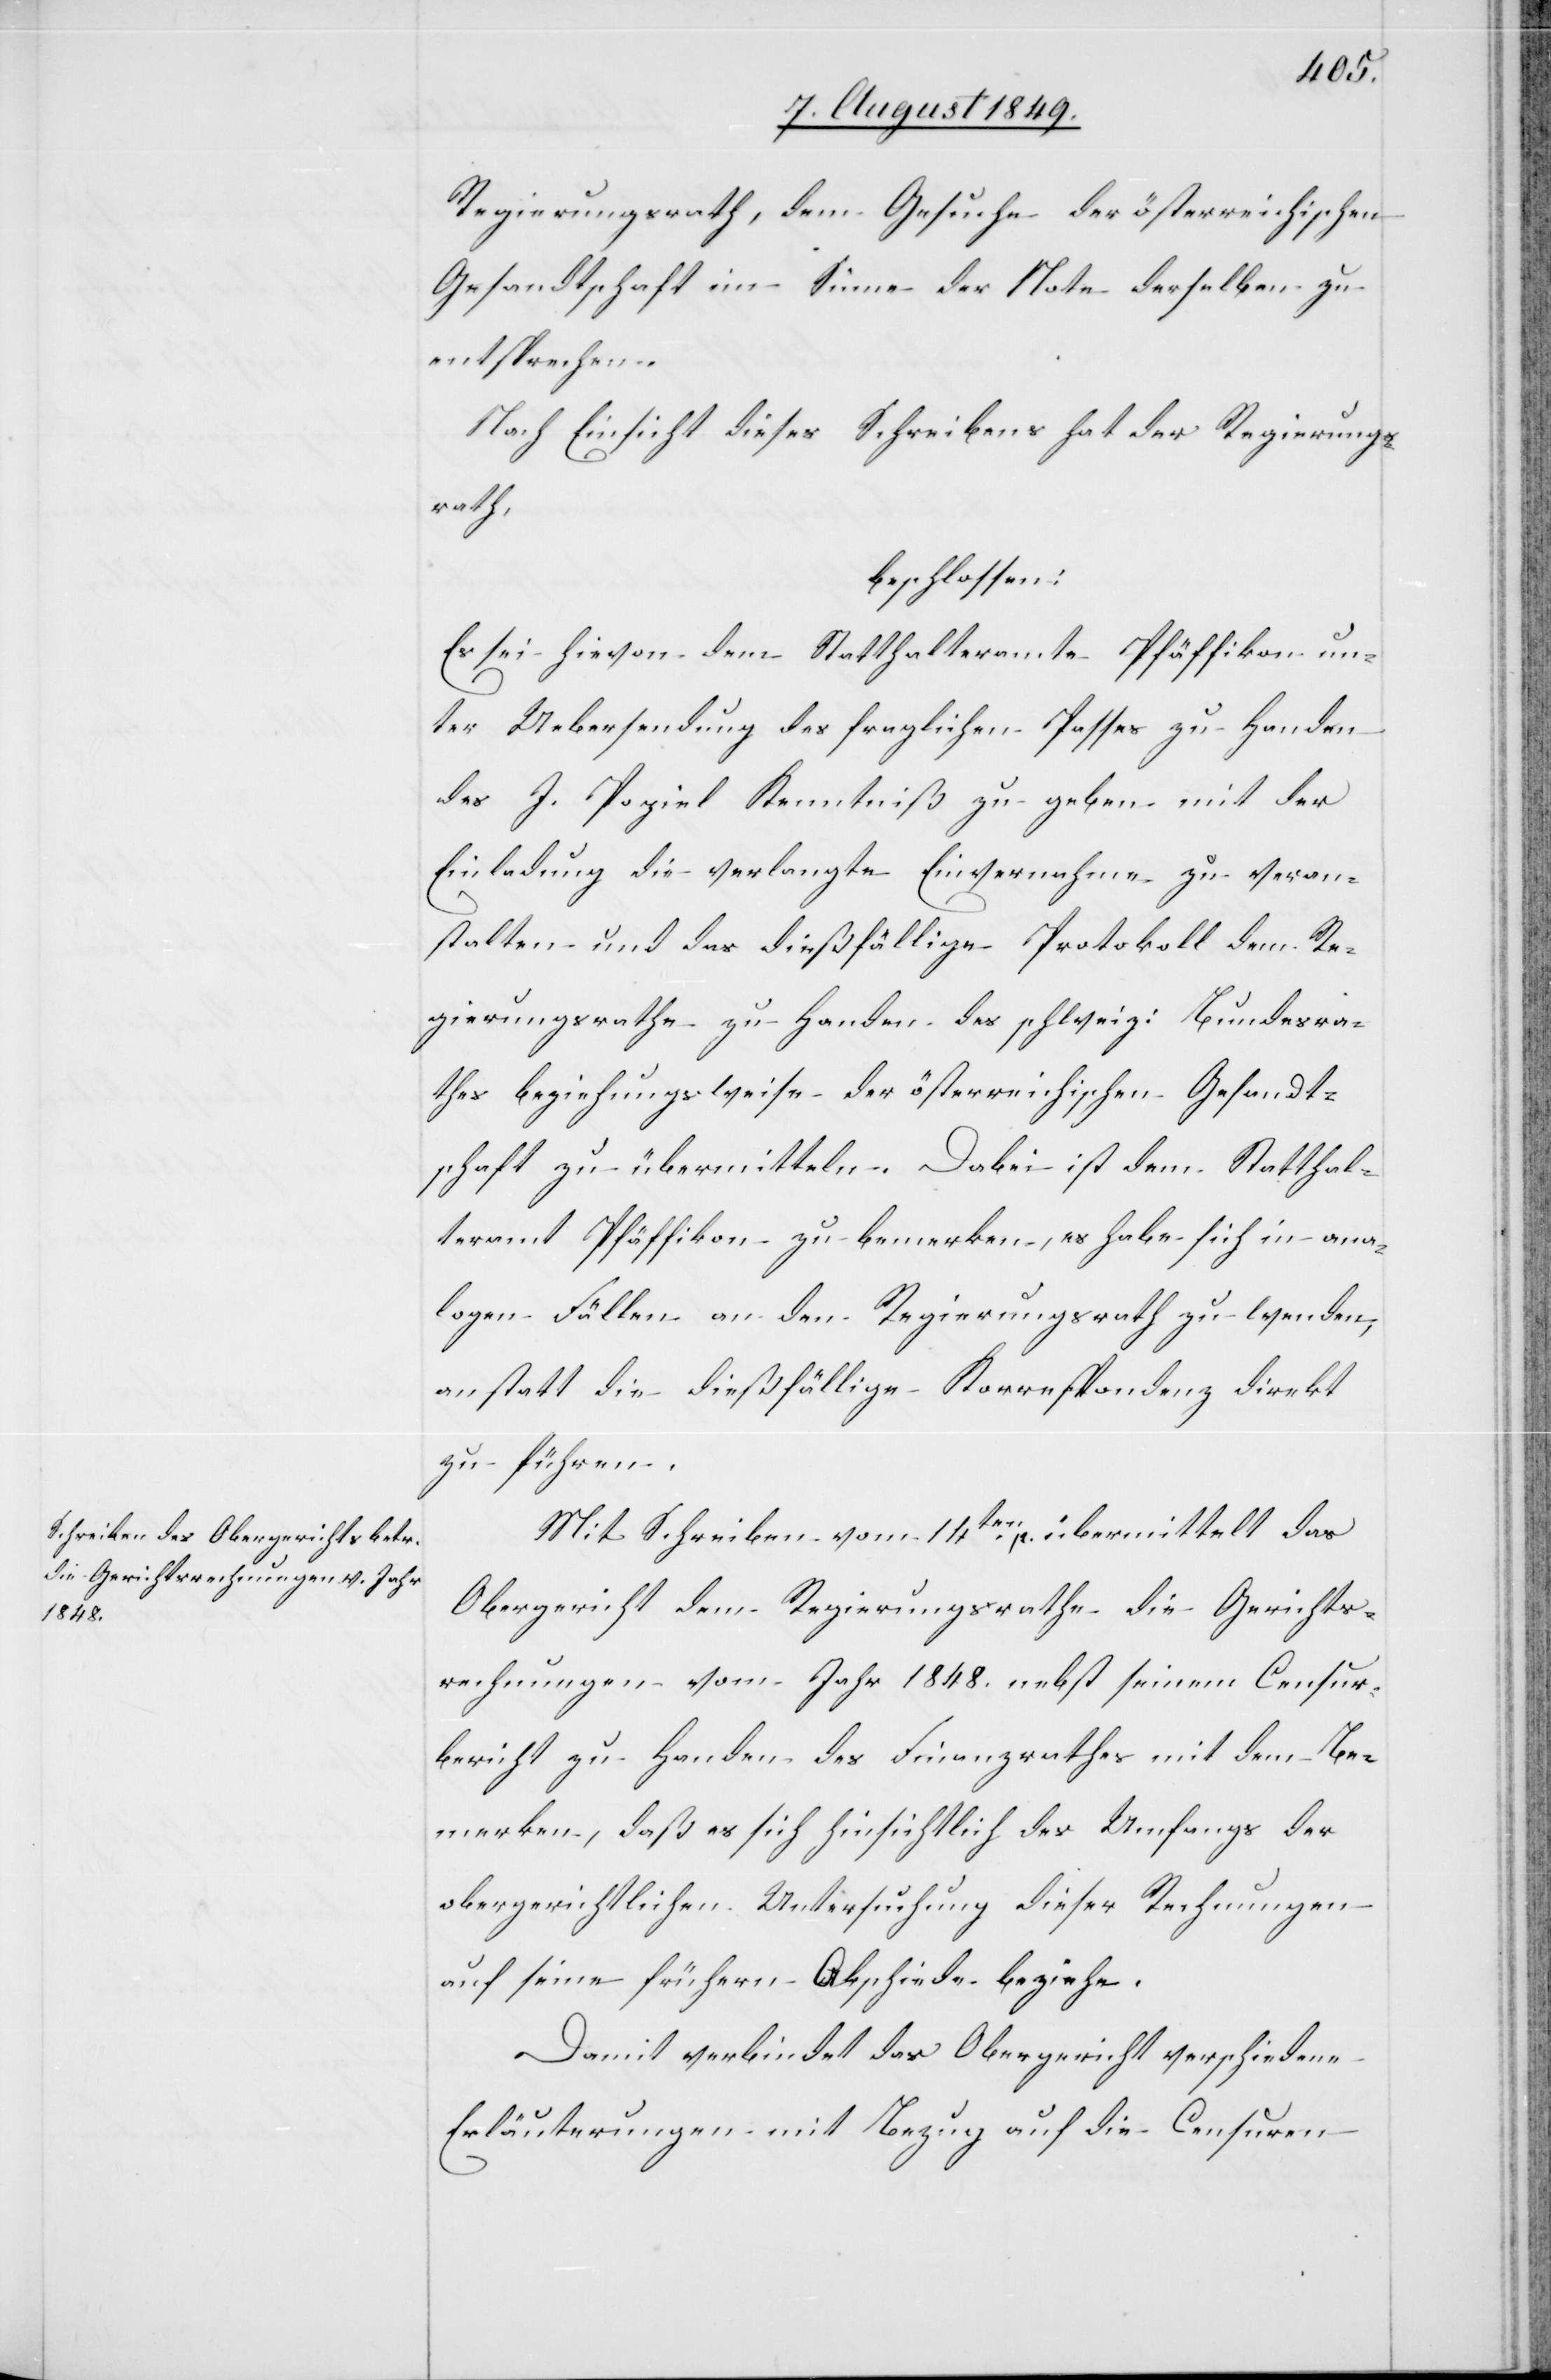
Regierungsrath, dem Gesuche der österreichischen
Gesandtschaft im Sinne der Note derselben zu
entsprechen.
Nach Einsicht dieses Schreibens hat der Regierungs¬
rath,
beschlossen:
Es sei hievon dem Statthalteramte Pfäffikon un¬
ter Uebersendung des fraglichen Passes zu Handen
des J. Popiel Kenntniß zu geben mit der
Einladung die verlangte Einvernahme zu veran¬
stalten und das dießfällige Protokoll dem Re¬
gierungsrathe zu Handen des schweiz: Bundesra¬
thes beziehungsweise der österreichischen Gesandt¬
schaft zu übermitteln. Dabei ist dem Statthal¬
teramt Pfäffikon zu bemerken, es habe sich in ana¬
logen Fällen an den Regierungsrath zu wenden,
anstatt die dießfällige Korrespondenz direkt
zu führen.
Mit Schreiben vom 14ten p. übermittelt das
Obergericht dem Regierungsrathe die Gerichts¬
rechnungen vom Jahr 1848. nebst seinem Censur¬
bericht zu Handen des Finanzrathes mit dem Be¬
merken, daß es sich hinsichtlich des Umfanges der
obergerichtlichen Untersuchung dieser Rechnungen
auf seine frühern Abschiede beziehe.
Damit verbindet das Obergericht verschiedene
Erläuterungen mit Bezug auf die Censuren